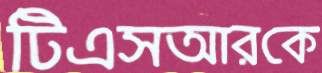
টিএসআরকে